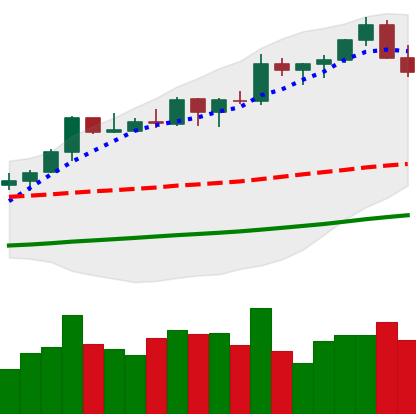
Ticker: BTC-USD
Chart end date: 2021-10-22
Forward return: -3.641%
Label: down_3_5